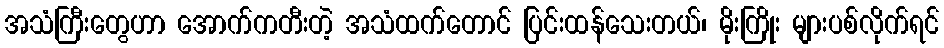
အသံကြီးတွေဟာ အောက်ကတီးတဲ့ အသံထက်တောင် ပြင်းထန်သေးတယ်၊ မိုးကြိုး များပစ်လိုက်ရင်